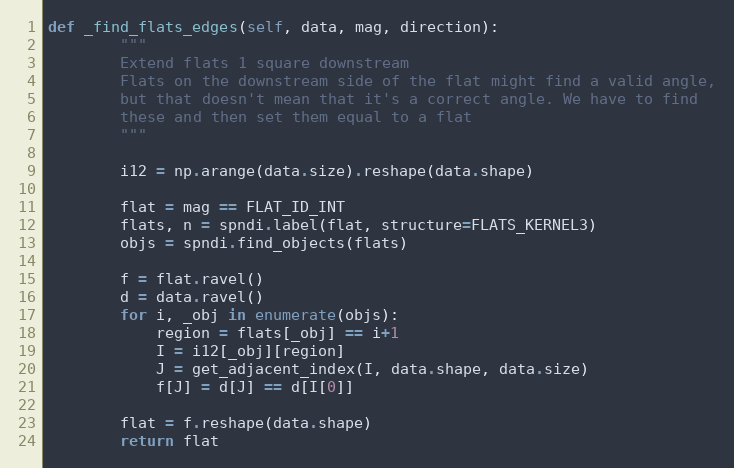
Language: Python
def _find_flats_edges(self, data, mag, direction):
        """
        Extend flats 1 square downstream
        Flats on the downstream side of the flat might find a valid angle,
        but that doesn't mean that it's a correct angle. We have to find
        these and then set them equal to a flat
        """

        i12 = np.arange(data.size).reshape(data.shape)

        flat = mag == FLAT_ID_INT
        flats, n = spndi.label(flat, structure=FLATS_KERNEL3)
        objs = spndi.find_objects(flats)

        f = flat.ravel()
        d = data.ravel()
        for i, _obj in enumerate(objs):
            region = flats[_obj] == i+1
            I = i12[_obj][region]
            J = get_adjacent_index(I, data.shape, data.size)
            f[J] = d[J] == d[I[0]]

        flat = f.reshape(data.shape)
        return flat